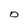
Character: 0